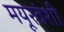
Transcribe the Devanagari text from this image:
मयूरवंशी